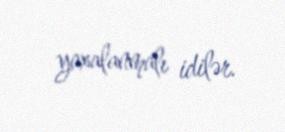
yaxalanmalı idilər.